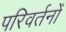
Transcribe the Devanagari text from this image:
परिवर्तनोँ